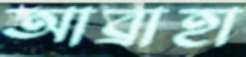
আব্রাহা